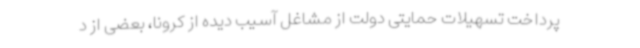
پرداخت تسهیلات حمایتی دولت از مشاغل آسیب دیده از کرونا، بعضی از د